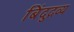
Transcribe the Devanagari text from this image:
बिंदुद्रव्य